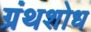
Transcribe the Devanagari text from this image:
ग्रंथशोध